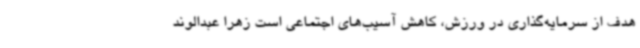
هدف از سرمایه‌گذاری در ورزش، کاهش آسیب‌های اجتماعی است زهرا عبدالوند